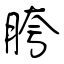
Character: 胯